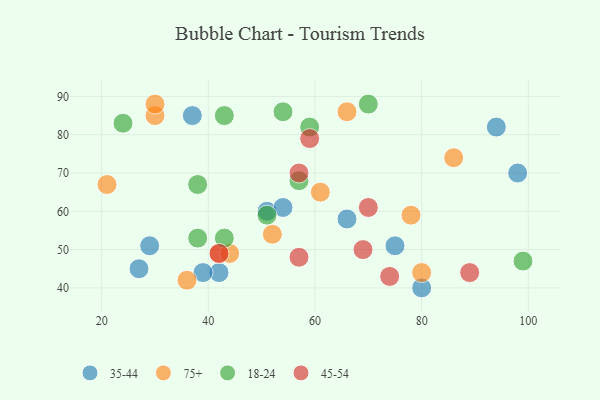
{"axis": {"x": "GDP", "y": "Life Expectancy"}, "legend": ["18-24", "35-44", "45-54", "75+"], "data": [{"x": "29", "y": 51, "type": "35-44"}, {"x": "94", "y": 82, "type": "35-44"}, {"x": "98", "y": 70, "type": "35-44"}, {"x": "42", "y": 44, "type": "35-44"}, {"x": "75", "y": 51, "type": "35-44"}, {"x": "51", "y": 60, "type": "35-44"}, {"x": "66", "y": 58, "type": "35-44"}, {"x": "37", "y": 85, "type": "35-44"}, {"x": "54", "y": 61, "type": "35-44"}, {"x": "27", "y": 45, "type": "35-44"}, {"x": "80", "y": 40, "type": "35-44"}, {"x": "39", "y": 44, "type": "35-44"}, {"x": "86", "y": 74, "type": "75+"}, {"x": "42", "y": 49, "type": "75+"}, {"x": "36", "y": 42, "type": "75+"}, {"x": "30", "y": 85, "type": "75+"}, {"x": "66", "y": 86, "type": "75+"}, {"x": "61", "y": 65, "type": "75+"}, {"x": "44", "y": 49, "type": "75+"}, {"x": "78", "y": 59, "type": "75+"}, {"x": "30", "y": 88, "type": "75+"}, {"x": "21", "y": 67, "type": "75+"}, {"x": "80", "y": 44, "type": "75+"}, {"x": "52", "y": 54, "type": "75+"}, {"x": "57", "y": 68, "type": "18-24"}, {"x": "43", "y": 85, "type": "18-24"}, {"x": "51", "y": 59, "type": "18-24"}, {"x": "38", "y": 67, "type": "18-24"}, {"x": "38", "y": 53, "type": "18-24"}, {"x": "54", "y": 86, "type": "18-24"}, {"x": "99", "y": 47, "type": "18-24"}, {"x": "70", "y": 88, "type": "18-24"}, {"x": "24", "y": 83, "type": "18-24"}, {"x": "59", "y": 82, "type": "18-24"}, {"x": "43", "y": 53, "type": "18-24"}, {"x": "57", "y": 48, "type": "45-54"}, {"x": "89", "y": 44, "type": "45-54"}, {"x": "42", "y": 49, "type": "45-54"}, {"x": "69", "y": 50, "type": "45-54"}, {"x": "74", "y": 43, "type": "45-54"}, {"x": "59", "y": 79, "type": "45-54"}, {"x": "57", "y": 70, "type": "45-54"}, {"x": "70", "y": 61, "type": "45-54"}]}